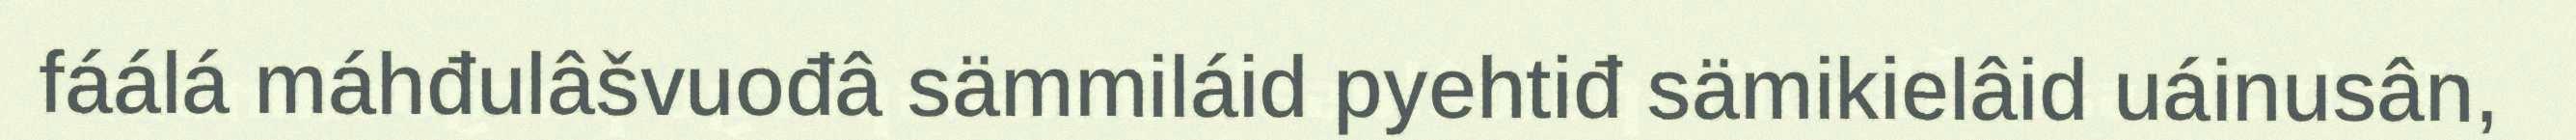
fáálá máhđulâšvuođâ sämmiláid pyehtiđ sämikielâid uáinusân,